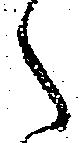
之